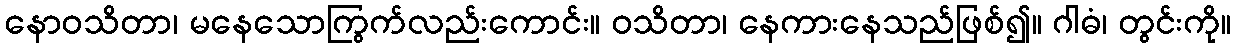
နောဝသိတာ၊ မနေသောကြွက်လည်းကောင်း။ ဝသိတာ၊ နေကားနေသည်ဖြစ်၍။ ဂါဓံ၊ တွင်းကို။